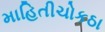
માહિતીચોકઠા